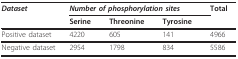
<table><thead><tr><td><b><i>Dataset </i></b></td><td colspan="3"><b><i>Number of phosphorylation sites</i></b></td><td><b>Total</b></td></tr><tr><td></td><td><b>Serine</b></td><td><b>Threonine</b></td><td><b>Tyrosine</b></td><td></td></tr></thead><tbody><tr><td>Positive dataset</td><td>4220</td><td>605</td><td>141</td><td>4966</td></tr><tr><td>Negative dataset</td><td>2954</td><td>1798</td><td>834</td><td>5586</td></tr></tbody></table>